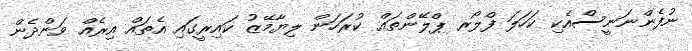
ނުފެންނަނީސްއެކި ކަހަލަ ފްލޯރ ޕްލޭންތައް ކުރަހަން ލިޔާމޭޒު ކައިރީގައި އެތައް އިރެއް ވަންދެން